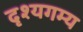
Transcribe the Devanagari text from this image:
दृश्यगम्य